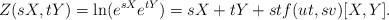
LaTeX: \begin{align*}Z(sX,tY) = \ln(e^{sX} e^{tY}) = sX+tY + st f(ut,sv) [X,Y].\end{align*}